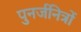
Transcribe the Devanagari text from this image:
पुनर्जनित्रों